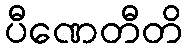
ပီဏေတီတိ